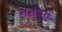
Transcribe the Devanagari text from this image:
गठानों